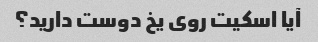
آیا اسکیت روی یخ دوست دارید؟